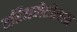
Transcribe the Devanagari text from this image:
एरिथमेटोसस